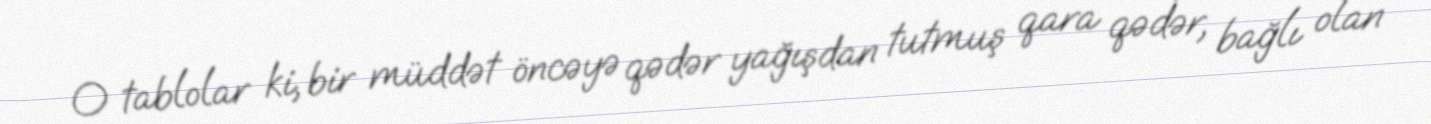
O tablolar ki, bir müddət öncəyə qədər yağışdan tutmuş qara qədər, bağlı olan